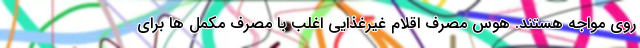
روی مواجه هستند. هوس مصرف اقلام غیرغذایی اغلب با مصرف مکمل ها برای